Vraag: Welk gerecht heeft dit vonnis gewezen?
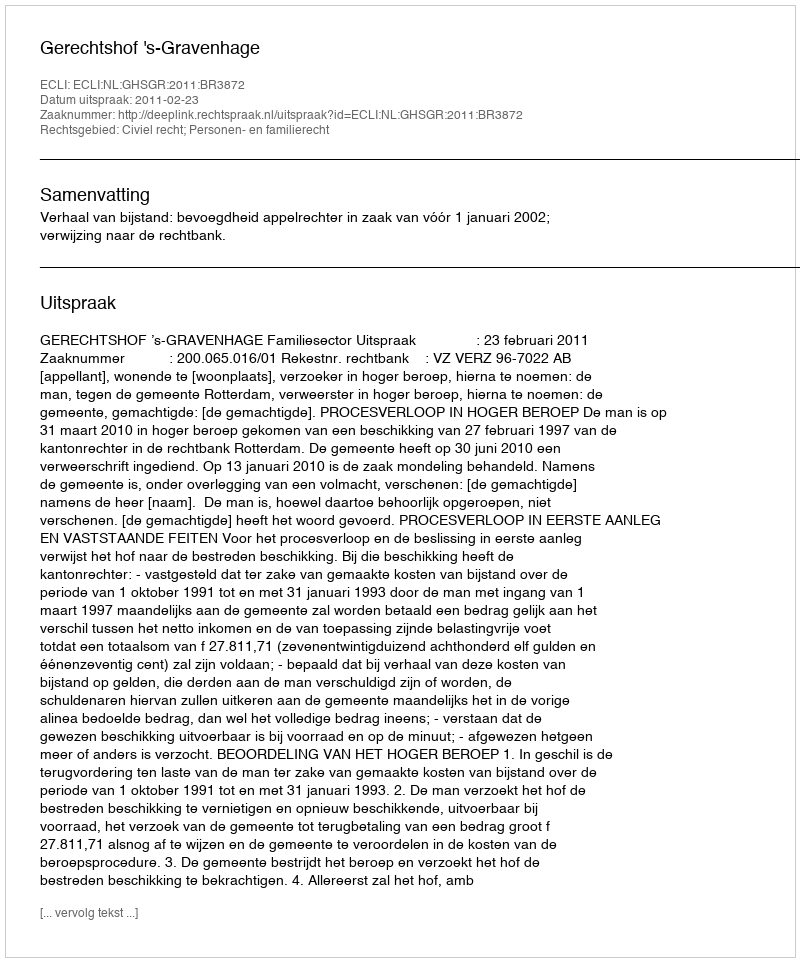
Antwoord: Gerechtshof 's-Gravenhage